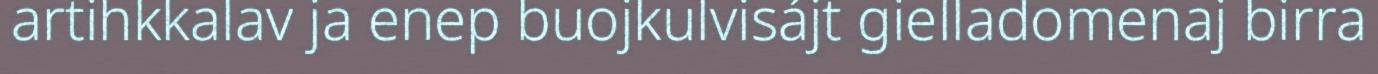
artihkkalav ja enep buojkulvisájt gielladomenaj birra